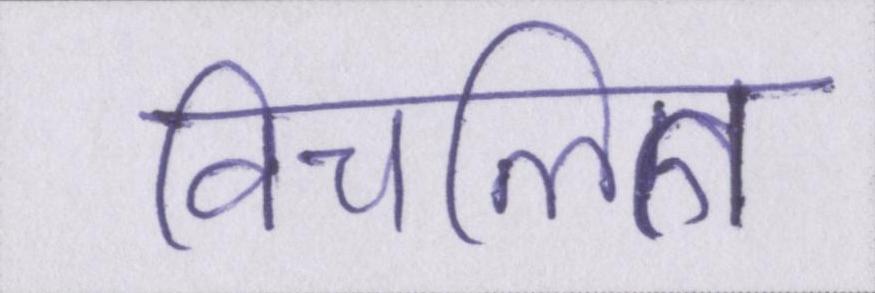
विचलित